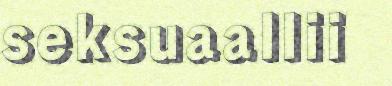
seksuaallii